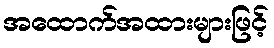
အထောက်အထားများဖြင့်